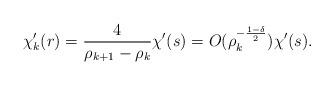
LaTeX: \begin{align*} \chi'_k(r) = \frac{4}{\rho_{k+1}-\rho_{k}} \chi'(s) = O(\rho_{k}^{-\frac{1-\delta}{2}}) \chi'(s).\end{align*}